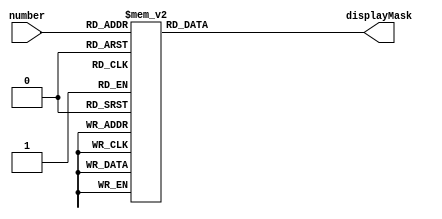

/* Transforms hex digital into 7-bit display diods mask 
 *
 * INPUT  : hex number - [0, 15]
 * OUTPUT : display diods mask
 */

//        A
//   ===========
//   =         =
// F =         = B
//   =    G    =
//   ===========
//   =         =
// E =         = C
//   =         =
//   ===========
//        D

module DisplayMaster (input wire [3:0] number, output reg [6:0] displayMask = 7'b0);

    always @(*) begin
        case (number)

            00: displayMask = 7'b1111110;
            01: displayMask = 7'b0110000;
            02: displayMask = 7'b1101101;
            03: displayMask = 7'b1111001;
            04: displayMask = 7'b0110011;
            05: displayMask = 7'b1011011;
            06: displayMask = 7'b1011111;
            07: displayMask = 7'b1110000;
            08: displayMask = 7'b1111111;
            09: displayMask = 7'b1110011;
            10: displayMask = 7'b1110111;
            11: displayMask = 7'b0011111;
            12: displayMask = 7'b1001110;
            13: displayMask = 7'b0111101;
            14: displayMask = 7'b1001111;
            15: displayMask = 7'b1000111;

        endcase
    end
    
endmodule